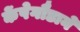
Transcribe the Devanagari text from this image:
केंपेगौडाने